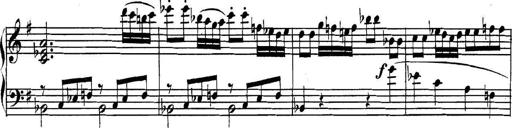
Title: Collected Piano Sonatas
Composer: Muzio Clementi